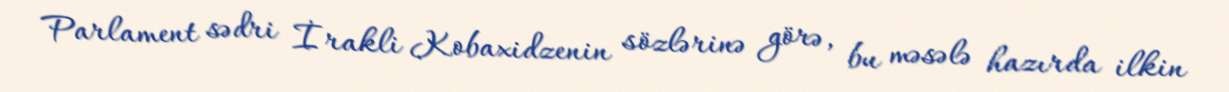
Parlament sədri İrakli Kobaxidzenin sözlərinə görə, bu məsələ hazırda ilkin